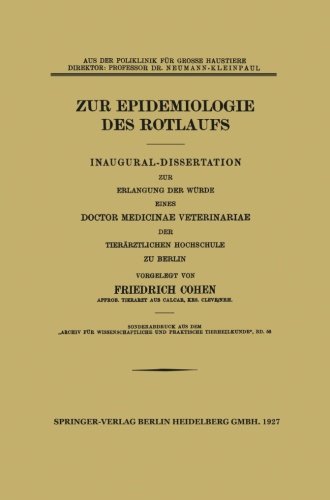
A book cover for Zur Epidemiologie des Rotlaufs: Inaugural-Dissertation (German Edition); Friedrich Cohen; Medical Books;